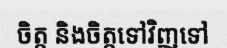
ចិត្ត និងចិត្តទៅវិញទៅ